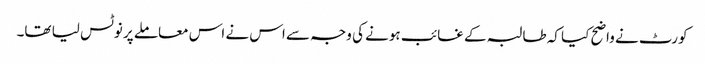
کورٹ نے واضح کیا کہ طالبہ کے غائب ہونے کی وجہ سے اس نے اس معاملے پر نوٹس لیا تھا۔